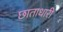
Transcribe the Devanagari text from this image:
छाताधारी